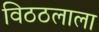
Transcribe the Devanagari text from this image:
विठठलाला